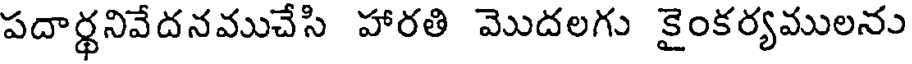
పదార్థనివేదనముచేసి హారతి మొదలగు కైంకర్యములను